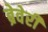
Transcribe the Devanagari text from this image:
ब्रेवेरी